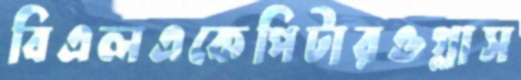
বিএলএকেপিটারওগ্লাস